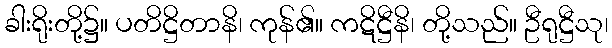
ခါးရိုးတို့၌။ ပတိဋ္ဌိတာနိ၊ ကုန်၏။ ကဋိဋ္ဌီနိ၊ တို့သည်။ ဦရုဋ္ဌီသု၊